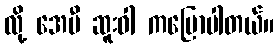
လို့ အေမီ ဆူးဝါ ကပြောပါတယ်။